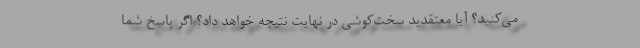
می‌کنید؟ آیا معتقدید سخت‌کوشی در نهایت نتیجه خواهد داد؟ اگر پاسخ شما